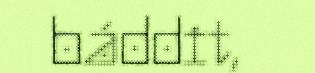
báddit,